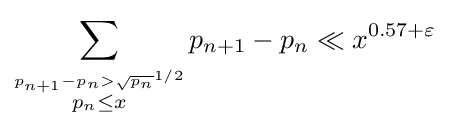
\sum _{\stackrel {p_{n+1}-p_{n}>{\sqrt {p_{n}}}^{1/2}}{p_{n}\leq x}}p_{n+1}-p_{n}\ll x^{0.57+\varepsilon }